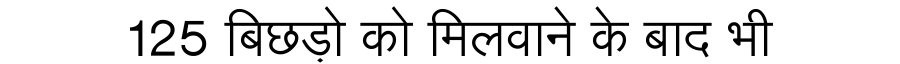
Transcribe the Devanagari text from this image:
125 बिछड़ो को मिलवाने के बाद भी